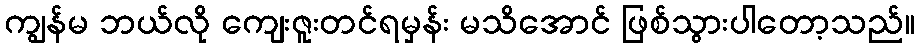
ကျွန်မ ဘယ်လို ကျေးဇူးတင်ရမှန်း မသိအောင် ဖြစ်သွားပါတော့သည်။